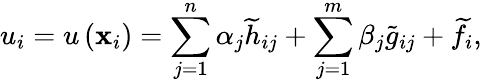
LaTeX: u_{i}=u\left(\mathbf{x}_{i}\right)=\sum_{j=1}^{n}\alpha_{j}\widetilde{h}_{ij}+\sum_{j=1}^{m}\beta_{j}\widetilde{g}_{ij}+\widetilde{f}_{i},